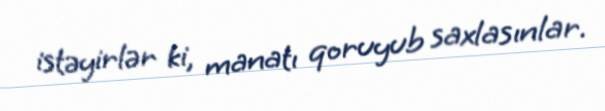
istəyirlər ki, manatı qoruyub saxlasınlar.